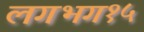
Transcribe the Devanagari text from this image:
लगभग१५